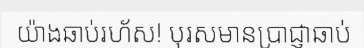
យ៉ាងឆាប់រហ័ស! បុរសមានប្រាជ្ញាឆាប់